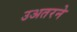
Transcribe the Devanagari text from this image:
उअतरने